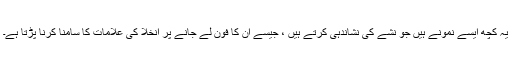
یہ کچھ ایسے نمونے ہیں جو نشے کی نشاندہی کرتے ہیں ، جیسے ان کا فون لے جانے پر انخلا کی علامات کا سامنا کرنا پڑتا ہے۔